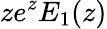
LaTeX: ze^{z}E_{1}(z)